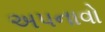
અપનાવો